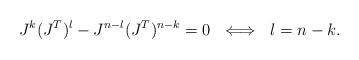
LaTeX: \begin{align*}J^k(J^T)^l - J^{n-l} (J^T)^{n-k} = 0 \ \iff \ l=n-k.\end{align*}